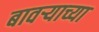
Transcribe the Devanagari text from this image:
बावऱ्याच्या